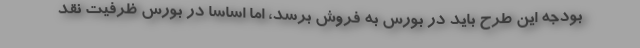
بودجه این طرح باید در بورس به فروش برسد، اما اساسا در بورس ظرفیت نقد